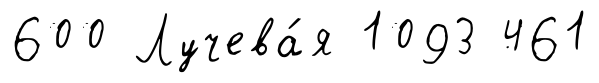
600 Лучева́я 1093 461